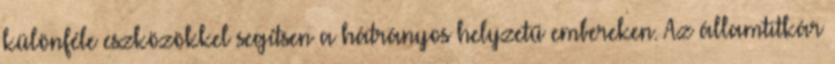
különféle eszközökkel segítsen a hátrányos helyzetű embereken. Az államtitkár